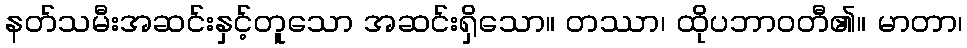
နတ်သမီးအဆင်းနှင့်တူသော အဆင်းရှိသော။ တဿာ၊ ထိုပဘာဝတီ၏။ မာတာ၊